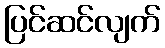
ပြင်ဆင်လျက်